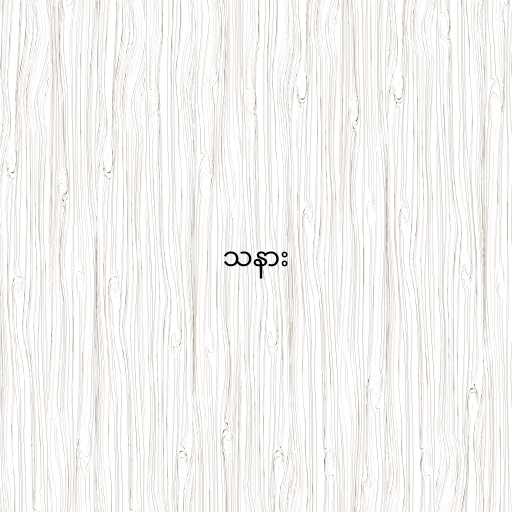
သနား